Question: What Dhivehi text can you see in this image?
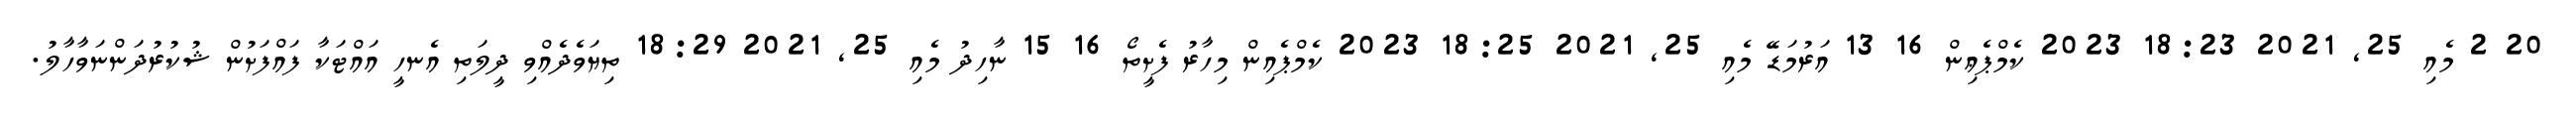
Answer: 20 2 މެއި 25, 2021 18:23 2023 ކެމްޕެޢިން 16 13 އަރުމަޑޭ މެއި 25, 2021 18:25 2023 ކެމްޕެއިން މިހާރު ފެށީތޯ 16 15 ނާހިދު މެއި 25, 2021 18:29 ތިޔަވެދެއްވި ދީލަތި އެނހީ އައްޓަކާ ފައްފަށުން ޝުކުރުދަންނަވާހާލު.